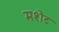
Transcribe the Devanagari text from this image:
मशेट